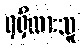
ရရှိထားသူ